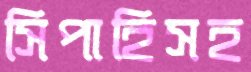
সিপাহিসহ